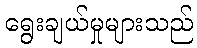
ရွေးချယ်မှုများသည်